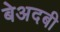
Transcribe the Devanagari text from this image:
बेअदबी